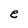
Character: e